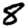
Digit: 8